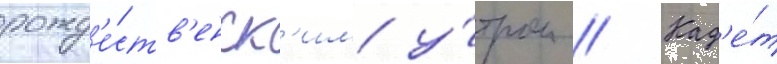
рожд'е́ств'енск'им у́тром // Кад'е́т